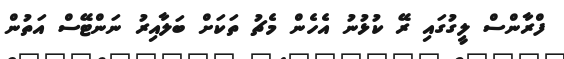
ފްރާންސް ލީގުގައި ރޭ ކުޅުނު އެހެން މެޗު ތަކަށް ބަލާއިރު ނަންޓޭސް އަތުން